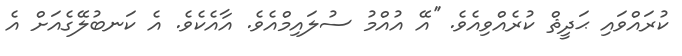
ކުރައްވައި ޙަދީޘް ކުރެއްވިއެވެ. ''އޭ އުއްމު ސުލައިމްއެވެ. އާއެކެވެ. އެ ކަނބުލޭގެއަށް އެ